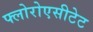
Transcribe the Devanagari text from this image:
फ्लोरोएसीटेट